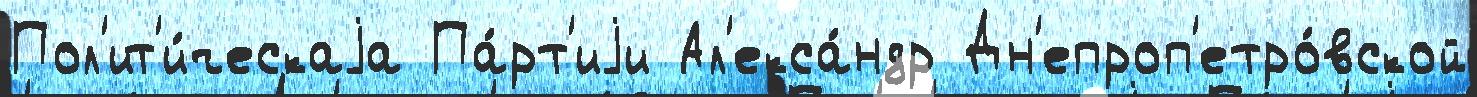
Пол'ит'и́ческаjа Па́рт'иjи Ал'екса́ндр Дн'епроп'етро́вской